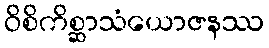
ဝိစိကိစ္ဆာသံယောဇနဿ